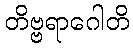
တိဗ္ဗရာဂေါတိ